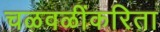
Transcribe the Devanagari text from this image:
चळवळींकरिता